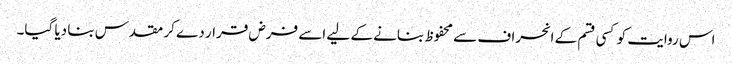
اس روایت کو کسی قسم کے انحراف سے محفوظ بنانے کے لیے اسے فرض قرار دے کر مقدس بنا دیا گیا۔